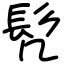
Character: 髠